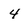
Character: 4